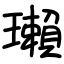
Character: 瓎